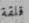
قلقة